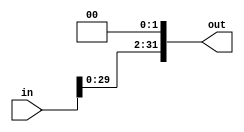
`timescale 1ns/1ps
module SHL2_32 (
    input [31:0] in,
    output [31:0] out
);
    assign out = in << 2;
endmodule